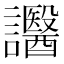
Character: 𧮒